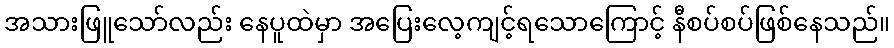
အသားဖြူသော်လည်း နေပူထဲမှာ အပြေးလေ့ကျင့်ရသောကြောင့် နီစပ်စပ်ဖြစ်နေသည်။